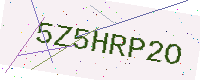
Text: 5Z5HRP2O